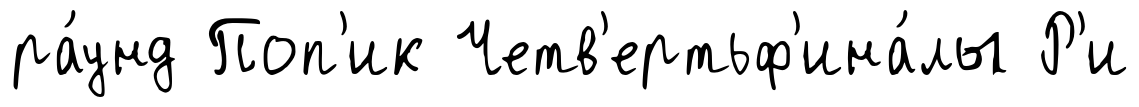
ра́унд Поп'ик Четв'ертьф'ина́лы Р'и